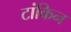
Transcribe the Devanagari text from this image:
टांकिन